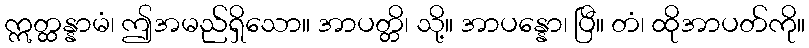
ဣတ္ထန္နာမံ၊ ဤအမည်ရှိသော။ အာပတ္တိ၊ သို့။ အာပန္နော၊ ပြီ။ တံ၊ ထိုအာပတ်ကို။